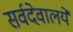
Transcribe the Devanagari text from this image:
सर्वदेवालये